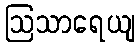
ဩသာရေယျ